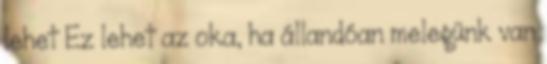
lehet Ez lehet az oka, ha állandóan melegünk van